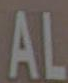
AL